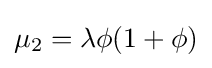
\mu _{2}=\lambda \phi (1+\phi )